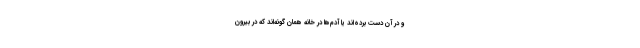
و در آن دست برده‌اند یا آدم‌ها در خانه همان گونه‌‌اند که در بیرون